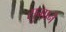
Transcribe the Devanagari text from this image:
सुमाने